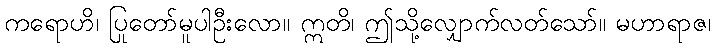
ကရောဟိ၊ ပြုတော်မူပါဦးလော။ ဣတိ၊ ဤသို့လျှောက်လတ်သော်။ မဟာရာဇ၊